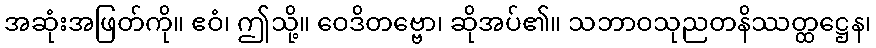
အဆုံးအဖြတ်ကို။ ဧဝံ၊ ဤသို့။ ဝေဒိတဗ္ဗော၊ ဆိုအပ်၏။ သဘာဝသုညတနိဿတ္ထဋ္ဌေန၊